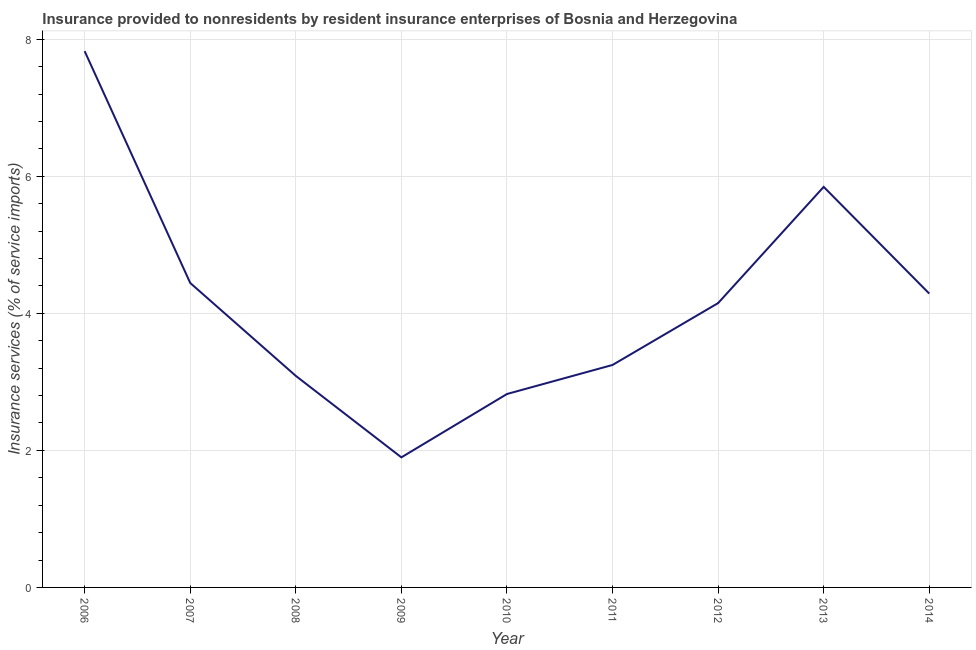
| Year | Insurance and financial services |
 | --- | --- |
 | 2006 | 7.83 |
 | 2007 | 4.44 |
 | 2008 | 3.09 |
 | 2009 | 1.9 |
 | 2010 | 2.82 |
 | 2011 | 3.25 |
 | 2012 | 4.15 |
 | 2013 | 5.85 |
 | 2014 | 4.29 |